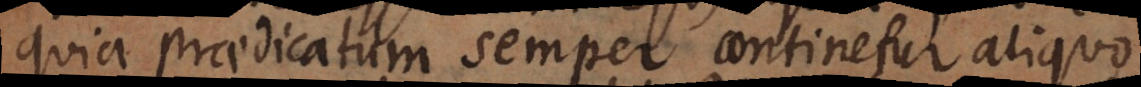
praedicatum semper continetur aliquo